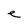
Character: e